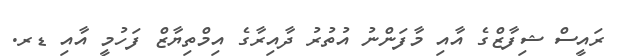
ރައީސް ޝިފާޒްގެ އާއި މާފަންނު އުތުރު ދާއިރާގެ އިމްތިޔާޒް ފަހުމީ އާއި ޑރ.